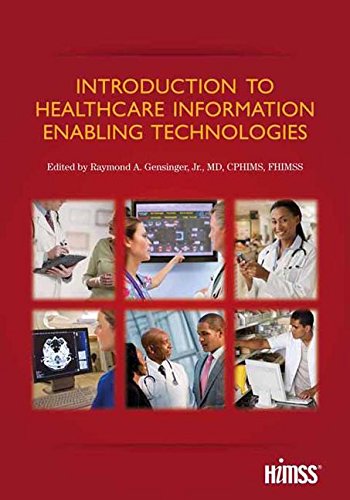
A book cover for Introduction to Healthcare Information: Enabling Technologies; Raymond Gensinger; Medical Books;